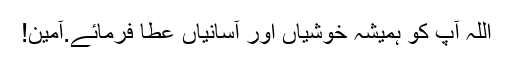
اللہ آپ کو ہمیشہ خوشیاں اور آسانیاں عطا فرمائے.آمین!